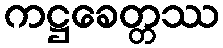
ကဋ္ဌခေတ္တဿ